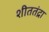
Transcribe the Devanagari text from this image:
शीततंद्रा